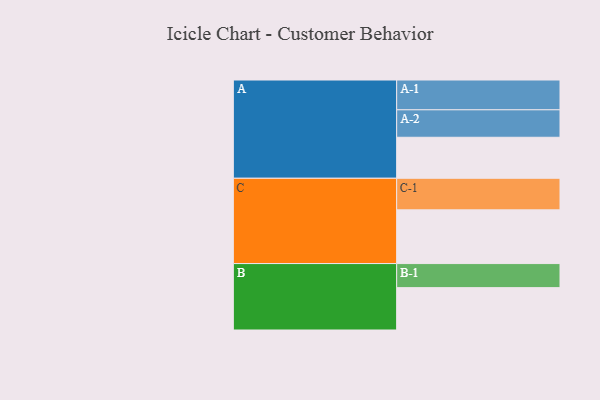
{"axis": {"x": "Segment", "y": "Value"}, "legend": ["", "A", "B", "C"], "data": [{"x": "A", "y": 300, "type": ""}, {"x": "B", "y": 310, "type": ""}, {"x": "C", "y": 393, "type": ""}, {"x": "A-1", "y": 218, "type": "A"}, {"x": "A-2", "y": 201, "type": "A"}, {"x": "B-1", "y": 176, "type": "B"}, {"x": "C-1", "y": 231, "type": "C"}]}